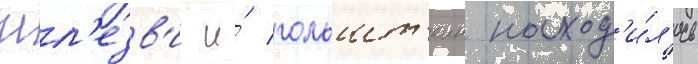
Шл'езв'иг и́ гольшт'еин наход'и́л'ись